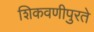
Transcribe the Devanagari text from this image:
शिकवणीपुरते